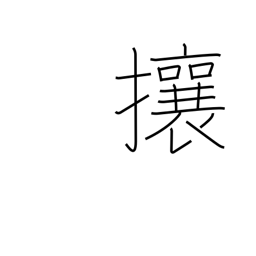
Meaning: chase away